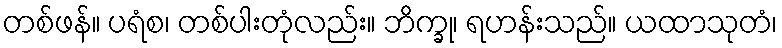
တစ်ဖန်။ ပရံစ၊ တစ်ပါးတုံလည်း။ ဘိက္ခု၊ ရဟန်းသည်။ ယထာသုတံ၊